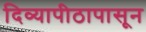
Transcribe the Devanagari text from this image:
दिव्यापीठापासून